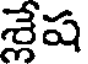
శ్లేష